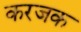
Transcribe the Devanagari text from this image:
करजक